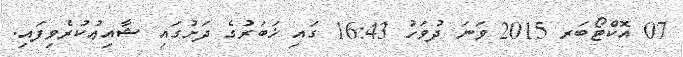
07 އޮކްޓޯބަރ 2015 ވަނަ ދުވަހު 16:43 ގައި ޚަބަރުގެ ދަށުގައި ޝާއިޢުކުރެވިފައި.